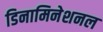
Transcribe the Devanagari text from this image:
डिनामिनेशनल